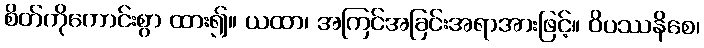
စိတ်ကိုကောင်းစွာ ထား၍။ ယထာ၊ အကြင်အခြင်းအရာအားဖြင့်။ ဝိပဿနိစေ၊